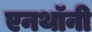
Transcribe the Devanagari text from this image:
एनथॉनी